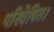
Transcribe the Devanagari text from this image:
परिवेषित।